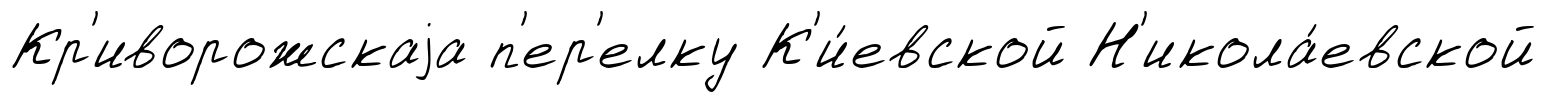
Кр'иворожскаjа п'ер'елку К'и́евской Н'икола́евской